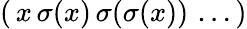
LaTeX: (\, x\, \sigma(x)\, \sigma(\sigma(x))\, \ldots\, )